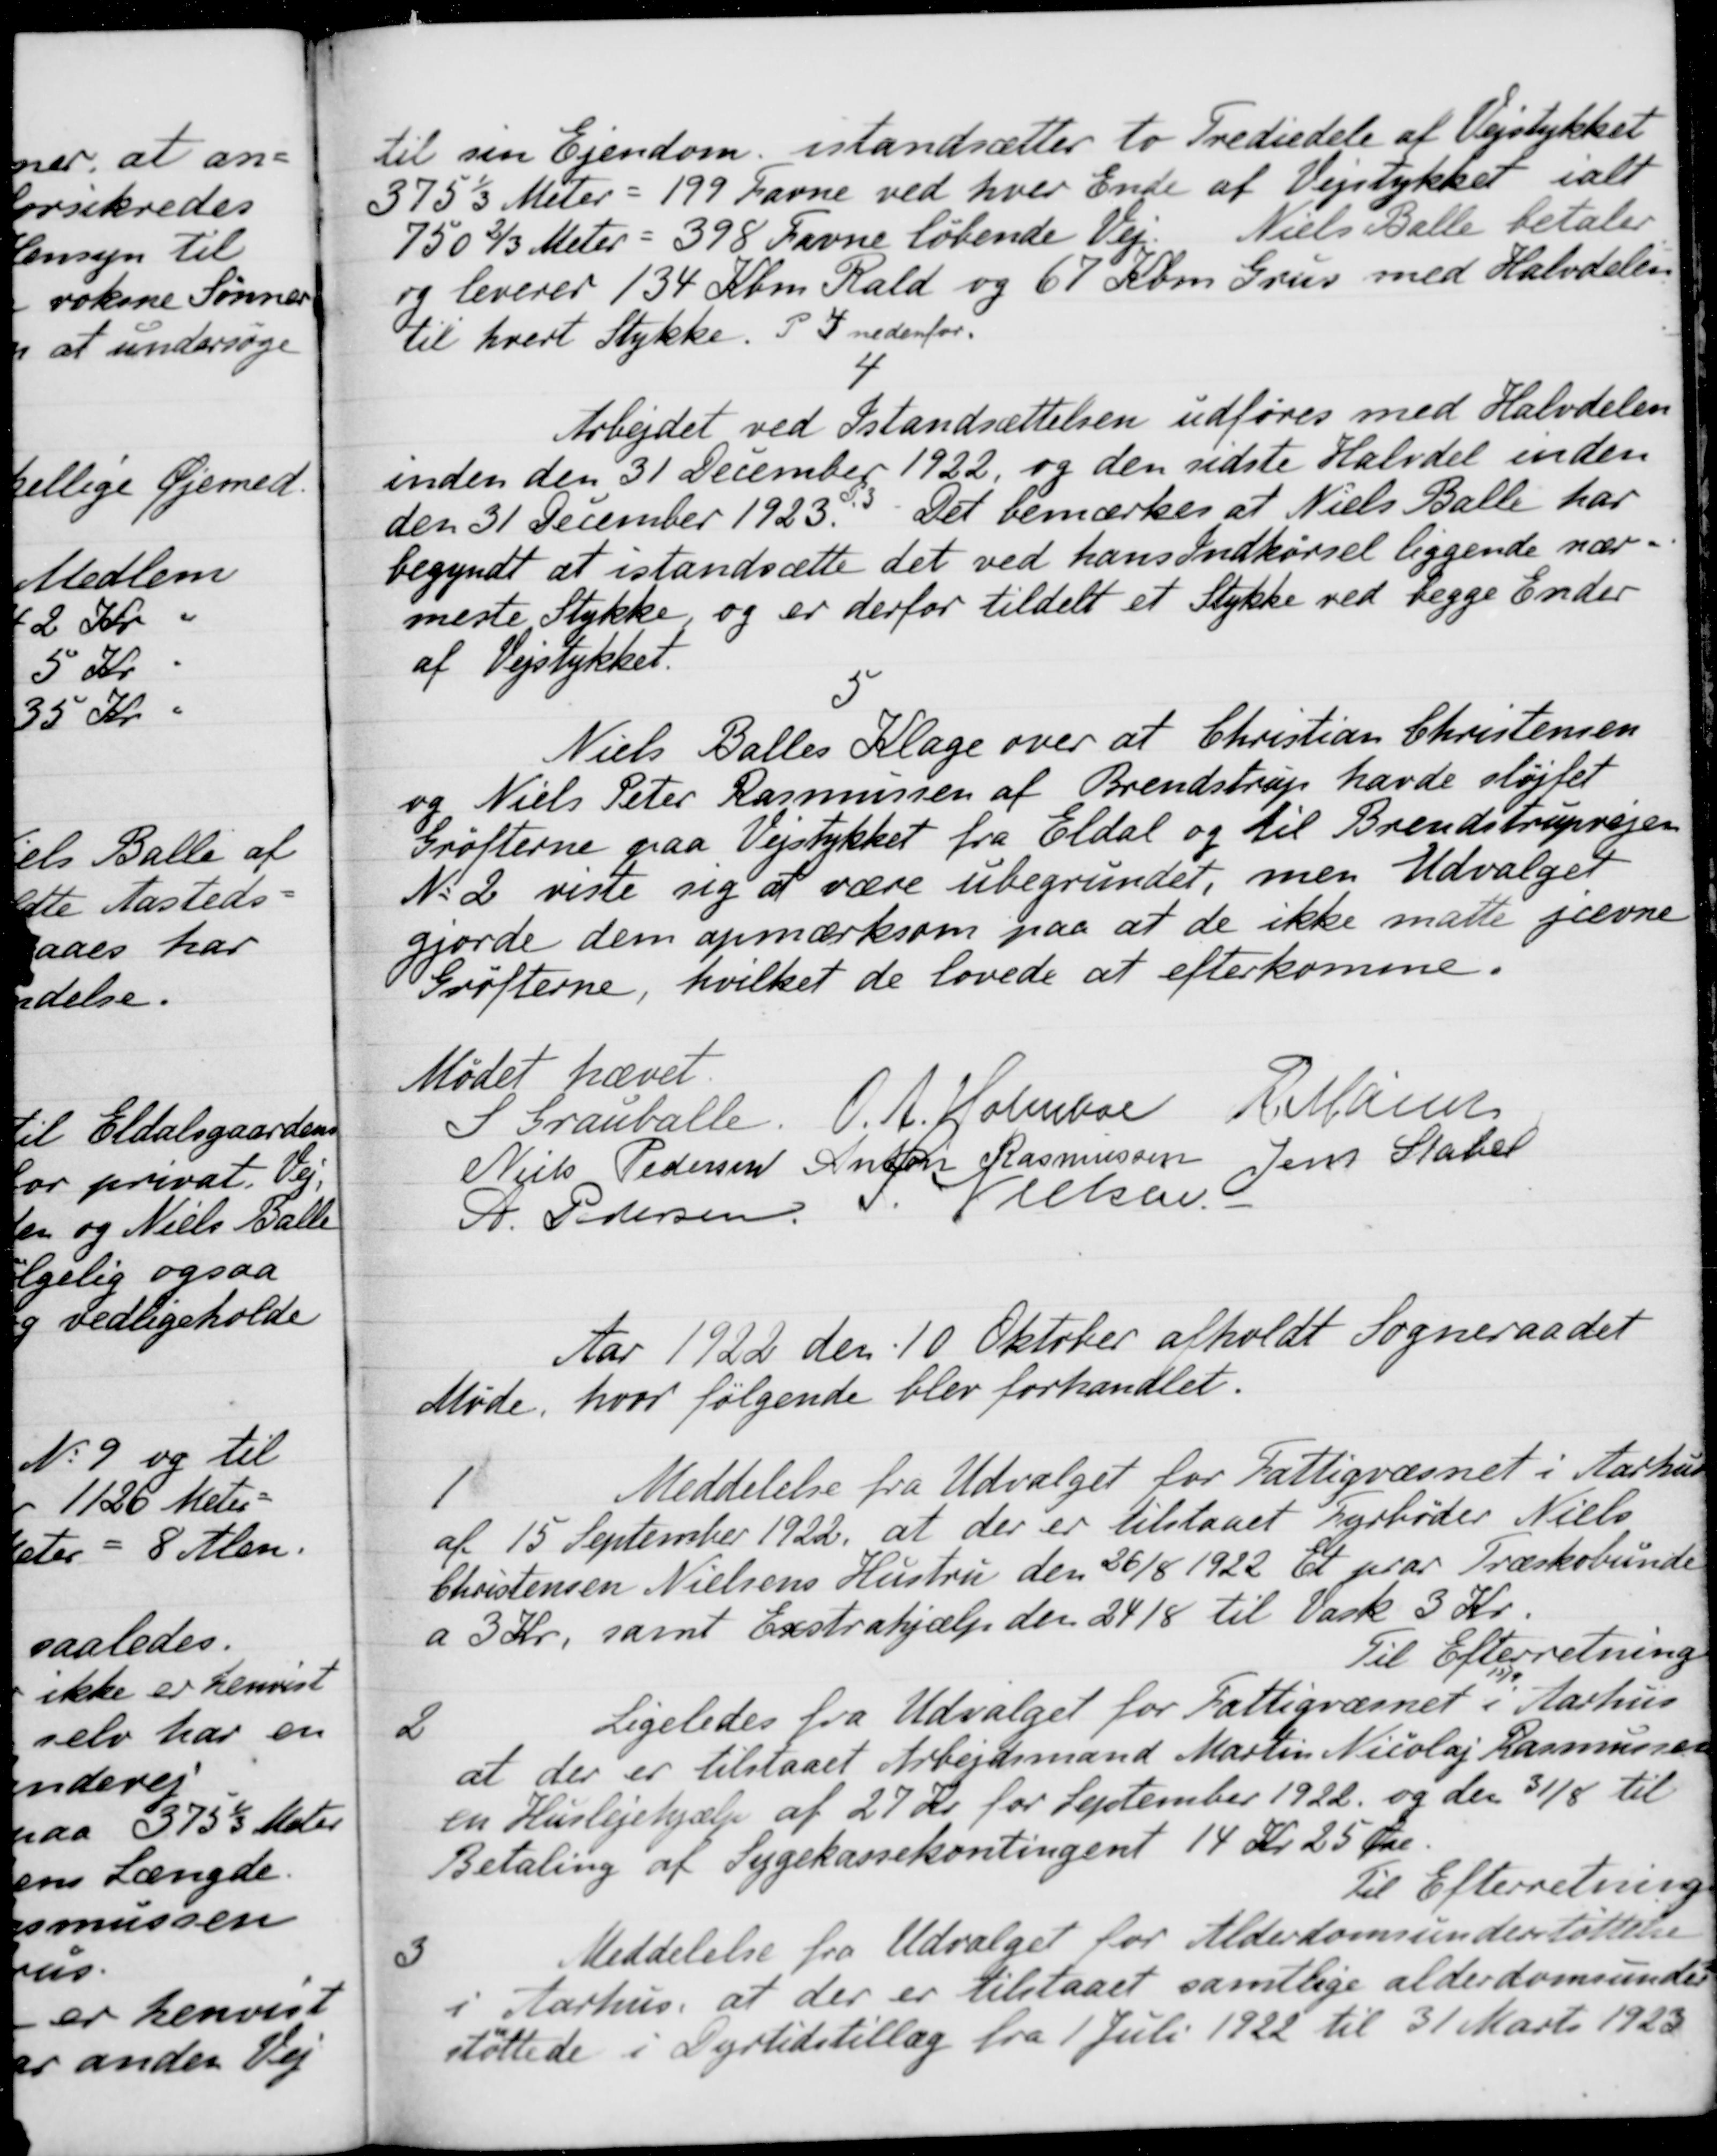
Transskription:
til sin Ejendom. istandsætter to Trediedele af Vejstykket
375 1/3 Meter = 199 Favne ved hver Ende af Vejstykket i alt
750 2/3 Meter = 398 Favne løbende Vej. Niels Balle betaler
og leveres 134 Kbm Rald og 67 Kbm Grus med Halvdelen
til hvert Stykke.  P. 4 nedenfor
4
Arbejdet ved Istandsættelsen udføres med Halvdelen
inden den 31 December 1922, og den sidste Halvdel inden
den 31 December 1923. Det bemærkes at Niels Balle har
begyndt at istandsætte det ved hans Indkørsel liggende nær-
meste Stykke, og er derfor tildelt et Stykke ved begge Ender
af Vejstykket.
5
Niels Balles Klage over at Christian Christensen
og Niels Peter Rasmussen af Brendstrup havde sløjfet
Grøfterne paa Vejstykket fra Eldal og til Brendstrupvejen
No 2 viste sig at være ubegrundet, men Udvalget
gjorde dem opmærksom paa at de ikke måtte jævne
Grøfterne, hvilket de lovede at efterkomme.
Mødet hævet.
S Grauballe.
O. A. Holmboe
R Mainz
Niels Pedersen
Anton Rasmussen
Jens Stabel
A. Pedersen
S. Nielsen
Aar 1922 den 10 Oktober afholdt Sogneraadet
Møde, hvor følgende blev forhandlet.
1
Meddelelse fra Udvalget for Fattigvæsnet i Aarhus
af 15 September 1922, at der er tilstaaet Fyrbøder Niels
Christensen Nielsens Hustru den 26/8 1922 Et par Træskobunde
a 3 Kr., samt Exstrahjælp den 24/8 til Vask 3 Kr.
Til Efterretning
2
Ligeledes fra Udvalget for Fattigvæsnet i Aarhus
at der er tilstaaet Arbejdsmand Martin Nicolaj Rasmussen
en Huslejehjælp af 27 Kr. for September 1922 og den 31/8 til
Betaling af Sygekassekontingent 14 Kr. 25 Øre.
Til Efterretning
3
Meddelelse fra Udvalget for Alderdomsunderstøttelse
i Aarhus, at der er tilstaaet samtlige alderdomsunder-
støttede i Dyrtidstillæg fra 1 Juli 1922 til 31 Marts 1923